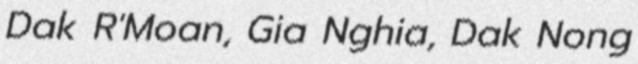
Dak R'Moan, Gia Nghia, Dak Nong